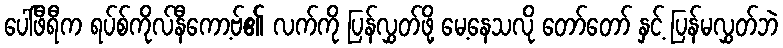
ပေါ်ဖီရီက ရပ်စ်ကိုလ်နီကော့ဗ်၏ လက်ကို ပြန်လွှတ်ဖို့ မေ့နေသလို တော်တော် နှင့် ပြန်မလွှတ်ဘဲ